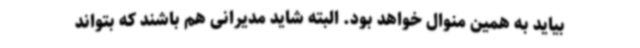
بیاید به همین منوال خواهد بود. البته شاید مدیرانی هم باشند که بتواند